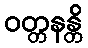
ဝတ္တနန္တိ